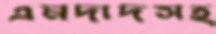
এমদাদসহ